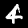
Digit: 4